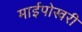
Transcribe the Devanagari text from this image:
माईपोखरी